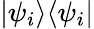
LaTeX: |\psi_{i}\rangle\langle\psi_{i}|